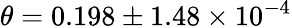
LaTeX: \theta=0.198\pm 1.48\times 10^{-4}